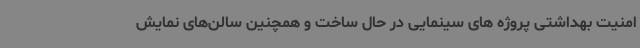
امنیت بهداشتی پروژه های سینمایی در حال ساخت و همچنین سالن‌های نمایش